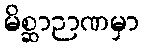
မိစ္ဆာဉာဏမှာ